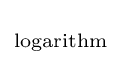
\scriptstyle {\text{logarithm}}